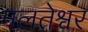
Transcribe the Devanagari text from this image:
गलतेश्वर